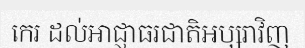
កេរ ដល់អាជ្ញាធរជាតិអប្សរាវិញ